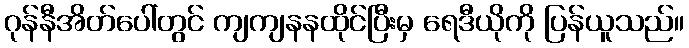
ဂုန်နီအိတ်ပေါ်တွင် ကျကျနနထိုင်ပြီးမှ ရေဒီယိုကို ပြန်ယူသည်။